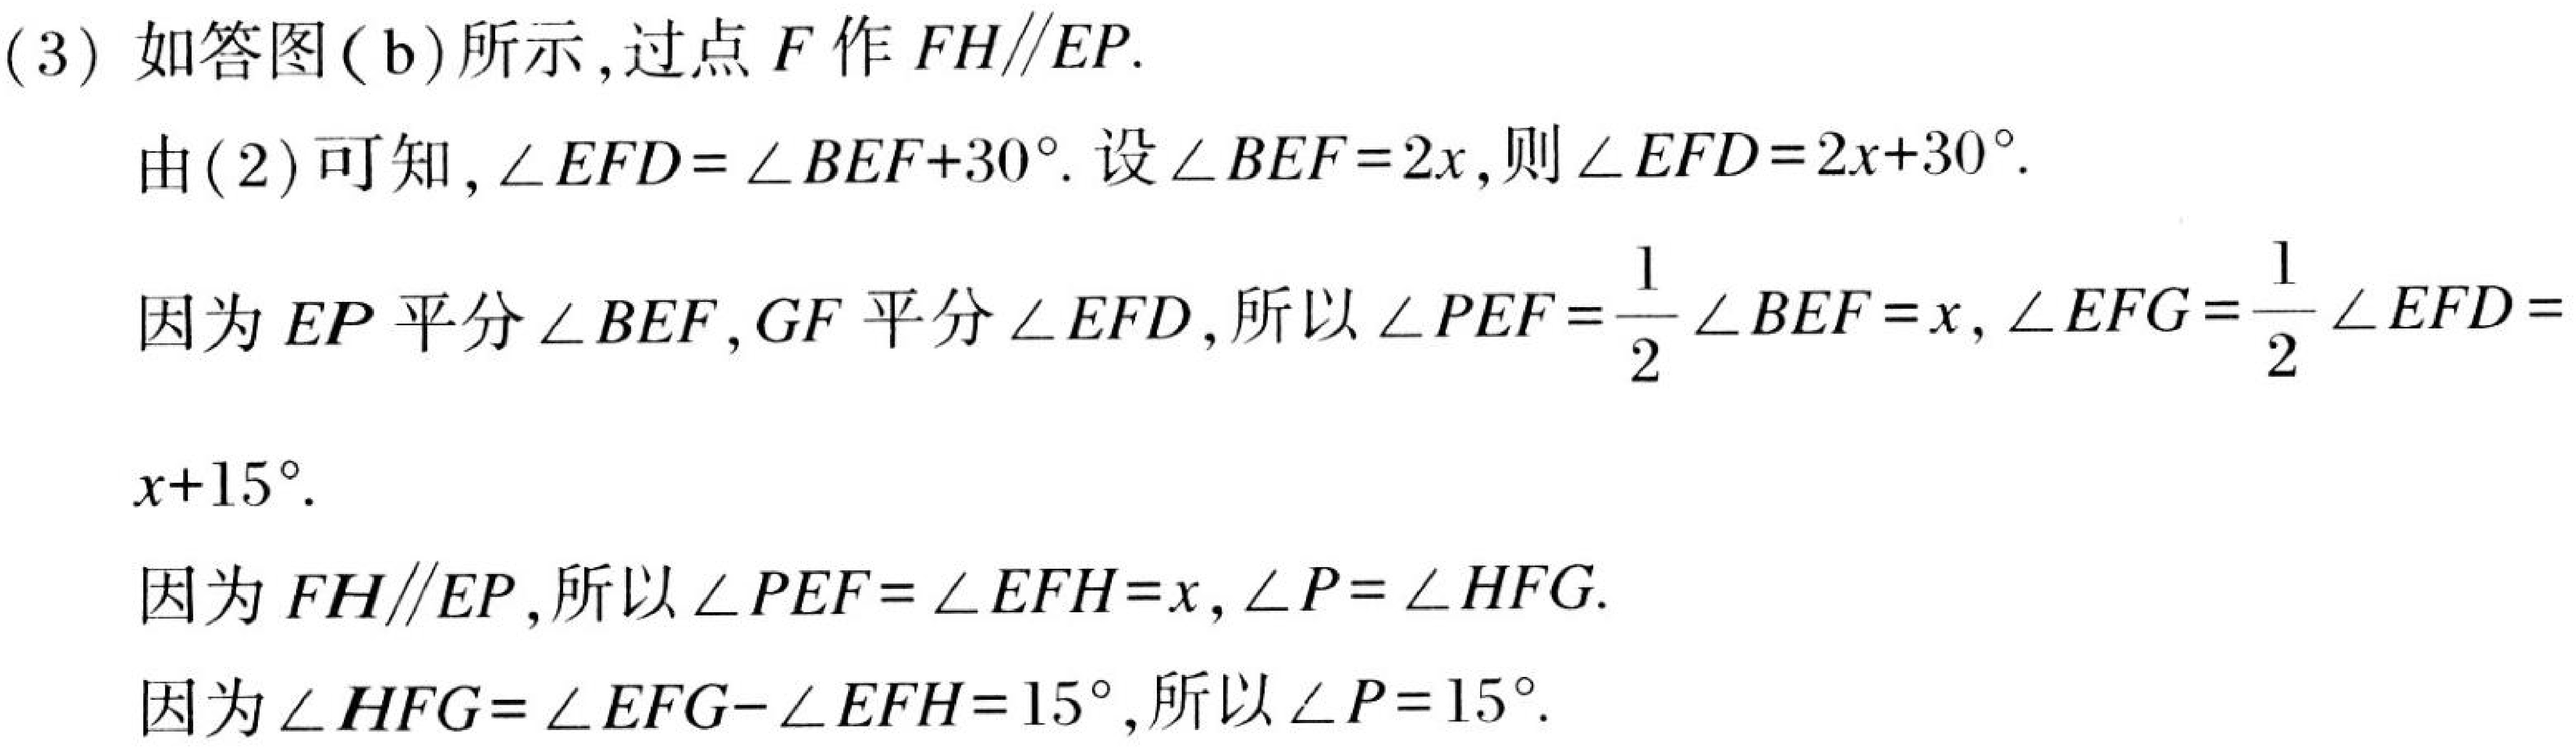
(3) 如答图( b) 所示,过点\(F\)作\(FH\parallel EP\).

由(2) 可知, \(\angle EFD=\angle BEF + 30^{\circ}\). 设\(\angle BEF = 2x\),则\(\angle EFD=2x + 30^{\circ}\).

因为\(EP\)平分\(\angle BEF\), \(GF\)平分\(\angle EFD\),所以\(\angle PEF=\dfrac{1}{2}\angle BEF = x\), \(\angle EFG=\dfrac{1}{2}\angle EFD=\)
\(x + 15^{\circ}\).

因为\(FH\parallel EP\),所以\(\angle PEF=\angle EFH = x\), \(\angle P=\angle HFG\).

因为\(\angle HFG=\angle EFG-\angle EFH = 15^{\circ}\),所以\(\angle P = 15^{\circ}\).